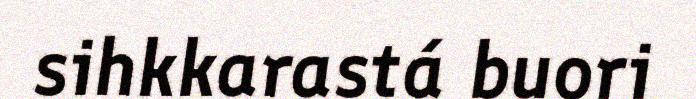
sihkkarastá buori